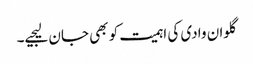
گلوان وادی کی اہمیت کو بھی جان لیجیے۔